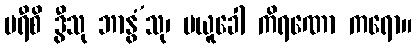
မရီစိ ဒွီသု ဘာနွံ’သု၊ မယူခေါ ကိရဏော ကရော။